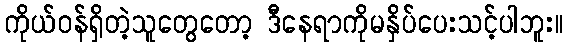
ကိုယ်ဝန်ရှိတဲ့သူတွေတော့ ဒီနေရာကိုမနှိပ်ပေးသင့်ပါဘူး။